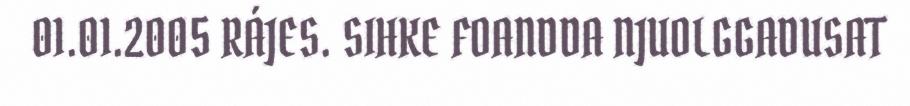
01.01.2005 RÁJES. SIHKE FOANDDA NJUOLGGADUSAT